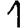
Digit: 1